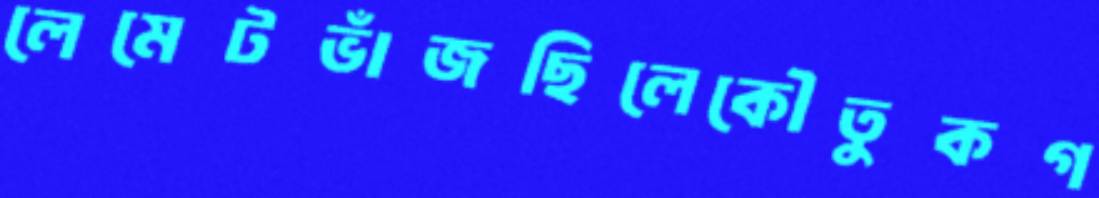
লেমেটভাঁজছিলেকৌতুকগ